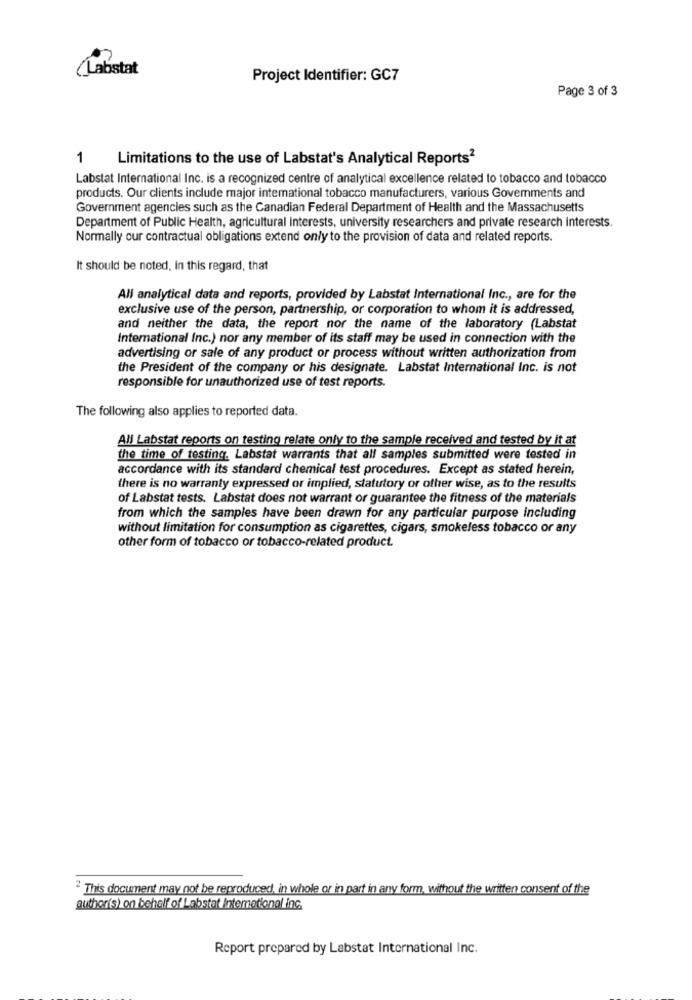
(Labstat
Project Identifier: GC7
Page 3 of 3
1
Limitations to the use of Labstat's Analytical Reports2
Labstat International Inc. is a recognized centre of analytical excellence related to tobacco and tobacco
products. Our clients include major international tobacco manufacturers, various Governments and
Government agencies such as the Canadian Federal Department of Health and the Massachusetts
Department of Public Health, agricultural interests, university researchers and private research interests.
Normally our contractual obligations extend only to the provision of data and related reports.
It should be noted, In this regard, that
All analytical data and reports, provided by Labstat International Inc ., are for the
exclusive use of the person, partnership, or corporation to whom it is addressed,
and neither the data, the report nor the name of the laboratory (Labstat
International Inc.) nor any member of its staff may be used in connection with the
advertising or sale of any product or process without written authorization from
the President of the company or his designate. Labstat International Inc. is not
responsible for unauthorized use of test reports.
The following also applies to reported data.
All Labstat reports on testing relate only to the sample received and tested by it at
the time of testing. Labstat warrants that all samples submitted were tested in
accordance with its standard chemical test procedures. Except as stated herein,
there is no warranty expressed or implied, statutory or other wise, as to the results
of Labstat tests. Labstat does not warrant or guarantee the fitness of the materials
from which the samples have been drawn for any particular purpose including
without limitation for consumption as cigarettes, cigars, smokeless tobacco or any
other form of tobacco or tobacco-related product.
"This document may not be reproduced, in whole or in part in any form, without the written consent of the
author(s) on behalf of Labstat International inc.
Report prepared by Labstat International Inc.